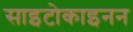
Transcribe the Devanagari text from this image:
साइटोकाइनन